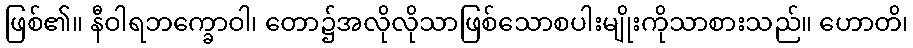
ဖြစ်၏။ နီဝါရဘက္ခောဝါ၊ တော၌အလိုလိုသာဖြစ်သောစပါးမျိုးကိုသာစားသည်။ ဟောတိ၊